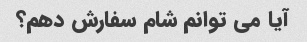
آیا می توانم شام سفارش دهم؟